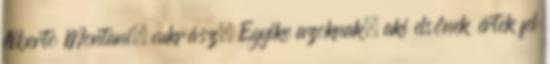
Alberto Montani, cukrász. Egyike azoknak, aki elsőnek értek fel